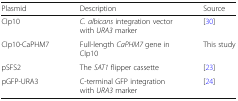
| Plasmid | Description | Source |
 | --- | --- | --- |
 | CIp10 | C. albicans integration vector with URA3 marker | [30] |
 | CIp10-CaPHM7 | Full-length CaPHM7 gene in CIp10 | This study |
 | pSFS2 | The SAT1 flipper cassette | [23] |
 | pGFP-URA3 | C-terminal GFP integration with URA3 marker | [24] |